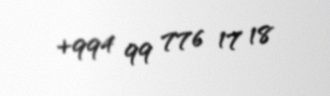
+994 99 776 17 18